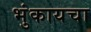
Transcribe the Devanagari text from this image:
भुंकायचा